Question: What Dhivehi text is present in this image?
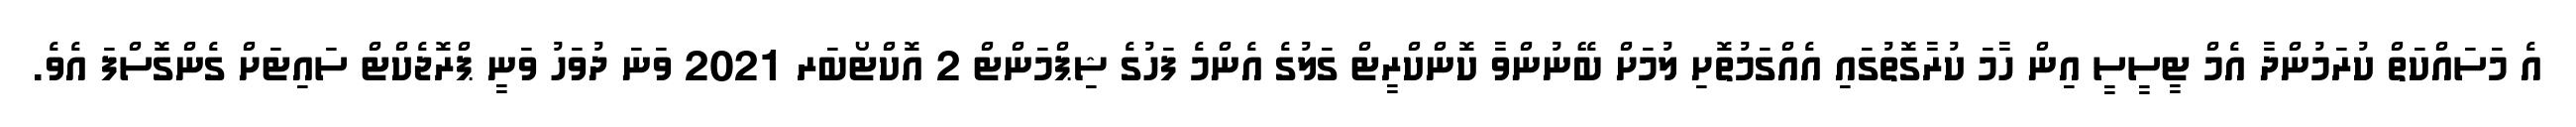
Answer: އެ މަސައްކަތް ކުރަމުންދާ އެމް ޓީސީސީ އިން ހާމަ ކުރާގޮތުގައި އެއްގަމުތޮށި ލުމަށް ބޭނުންވާ ކޮންކްރީޓް ގަލުގެ އެންމެ ފަހުގެ ޝިޕްމަންޓް 2 އޮކްޓޯބަރ 2021 ވަނަ ދުވަހު ވަނީ ޕްރޮޖެކްޓް ސައިޓަށް ގެންގޮސްފަ އެވެ.